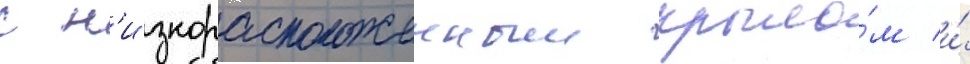
с н'изкорасположенным крыло́м и́